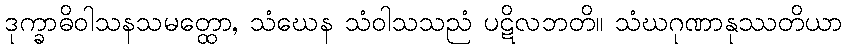
ဒုက္ခာဓိဝါသနသမတ္ထော, သံဃေန သံဝါသသညံ ပဋိလဘတိ။ သံဃဂုဏာနုဿတိယာ